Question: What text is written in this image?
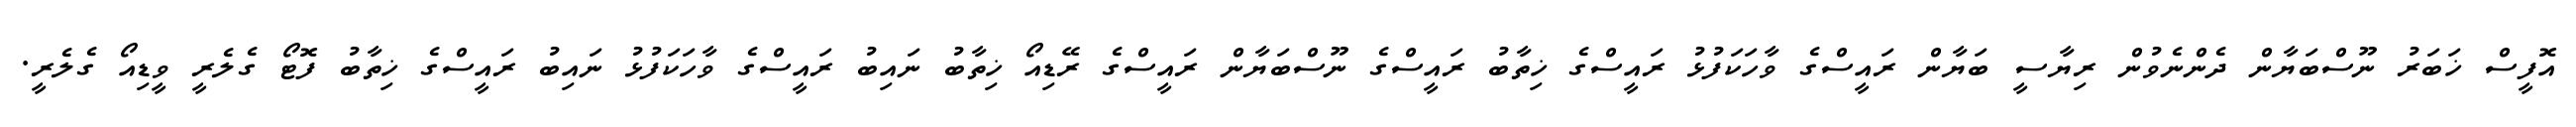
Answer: އޮފީސް ޚަބަރު ނޫސްބަޔާން ދެންނެވުން ރިޔާސީ ބަޔާން ރައީސްގެ ވާހަކަފުޅު ރައީސްގެ ޚިތާބު ރައީސްގެ ނޫސްބަޔާން ރައީސްގެ ރޭޑިއޯ ޚިތާބު ނައިބު ރައީސްގެ ވާހަކަފުޅު ނައިބު ރައީސްގެ ޚިތާބު ފޮޓޯ ގެލެރީ ވީޑިއޯ ގެލެރީ.